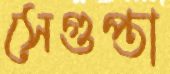
সেগুপ্তা